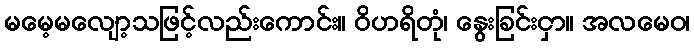
မမေ့မလျော့သဖြင့်လည်းကောင်း။ ဝိဟရိတုံ၊ နွေးခြင်းငှာ။ အလမေဝ၊